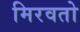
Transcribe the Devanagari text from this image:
मिरवतो